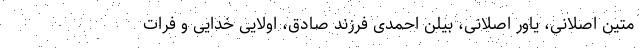
متین اصلانی، یاور اصلانی، بیلن احمدی فرزند صادق، اولایی خدایی و فرات